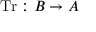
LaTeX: \operatorname { T r } : B \to A